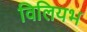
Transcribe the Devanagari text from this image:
विलियभ